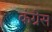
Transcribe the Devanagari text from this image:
कंग्रेस